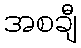
အစချီ